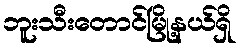
ဘူးသီးတောင်မြို့နယ်ရှိ